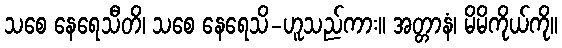
သစေ နေရေသီတိ၊ သစေ နေရေသိ-ဟူသည်ကား။ အတ္တာနံ၊ မိမိကိုယ်ကို။